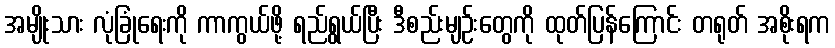
အမျိုးသား လုံခြုံရေးကို ကာကွယ်ဖို့ ရည်ရွယ်ပြီး ဒီစည်းမျဉ်းတွေကို ထုတ်ပြန်ကြောင်း တရုတ် အစိုးရက